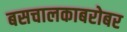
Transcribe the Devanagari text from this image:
बसचालकाबरोबर